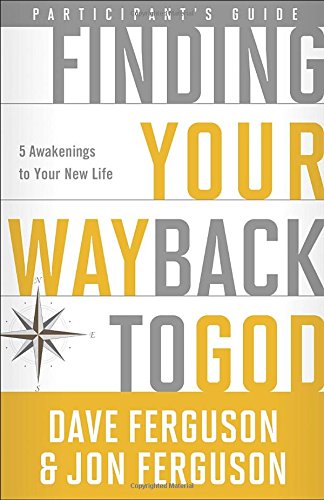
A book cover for Finding Your Way Back to God Participant's Guide: Five Awakenings to Your New Life; Dave Ferguson; Christian Books & Bibles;